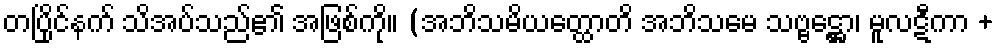
တပြိုင်နက် သိအပ်သည်၏ အဖြစ်ကို။ (အဘိသမိယတ္ထောတိ အဘိသမေ သဗ္ဗဋ္ဌော၊ မူလဋီကာ +